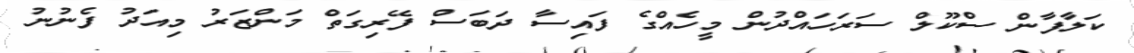
ކަލާފާން ސްކޫލް ސަރަހައްދުން މީހެއްގެ ފައިސާ ދަބަސް ފޭރިގަތް މަންޒަރު މިއަދު ފެނުނު